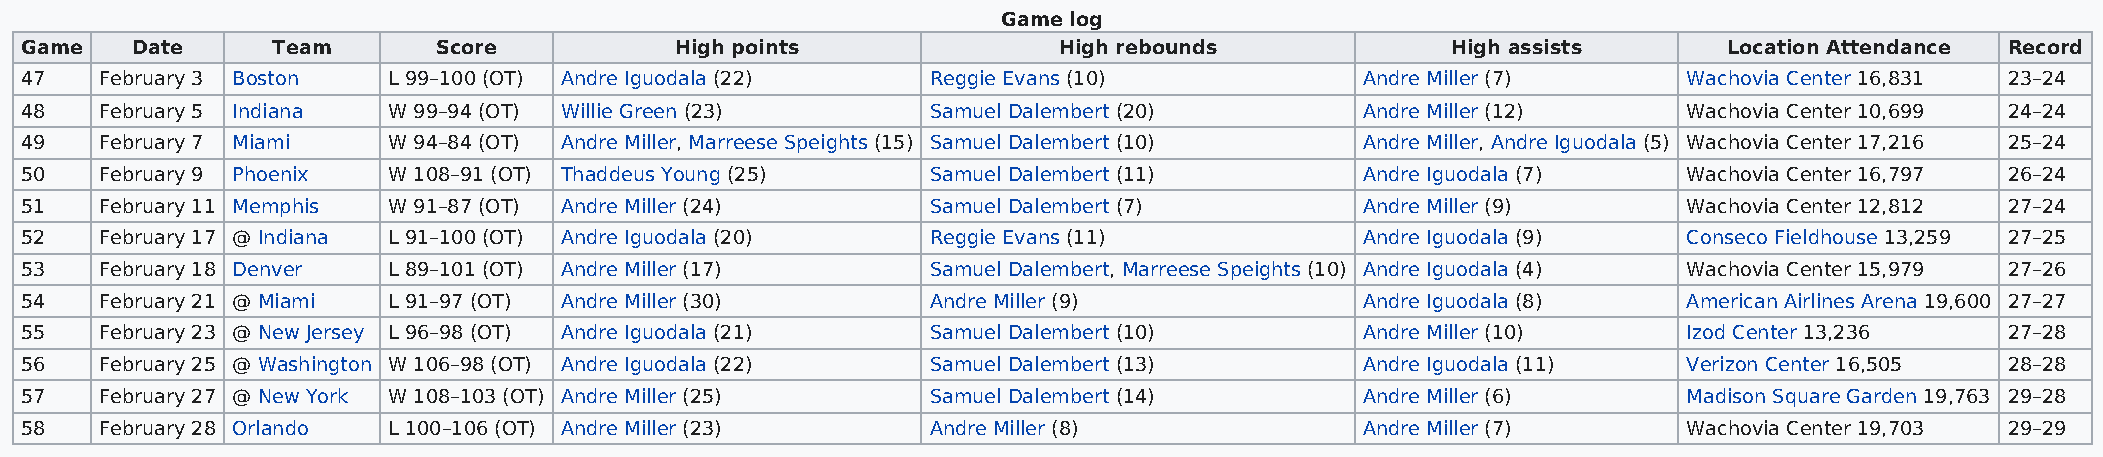
Game log
 Game    Date     Team       Score           High points              High rebounds             High assists      Location Attendance Record
 47    February 3 Boston  L 99–100 (OT) Andre Iguodala (22)   Reggie Evans (10)           Andre Miller (7)      Wachovia Center 16,831 23–24
 48    February 5 Indiana W 99–94 (OT) Willie Green (23)      Samuel Dalembert (20)       Andre Miller (12)     Wachovia Center 10,699 24–24
 49    February 7 Miami   W 94–84 (OT) Andre Miller, Marreese Speights (15) Samuel Dalembert (10) Andre Miller, Andre Iguodala (5) Wachovia Center 17,216 25–24
 50    February 9 Phoenix W 108–91 (OT) Thaddeus Young (25)   Samuel Dalembert (11)       Andre Iguodala (7)    Wachovia Center 16,797 26–24
 51    February 11 Memphis W 91–87 (OT) Andre Miller (24)     Samuel Dalembert (7)        Andre Miller (9)      Wachovia Center 12,812 27–24
 52    February 17 @ Indiana L 91–100 (OT) Andre Iguodala (20) Reggie Evans (11)          Andre Iguodala (9)    Conseco Fieldhouse 13,259 27–25
 53    February 18 Denver L 89–101 (OT) Andre Miller (17)     Samuel Dalembert, Marreese Speights (10) Andre Iguodala (4) Wachovia Center 15,979 27–26
 54    February 21 @ Miami L 91–97 (OT) Andre Miller (30)     Andre Miller (9)            Andre Iguodala (8)    American Airlines Arena 19,600 27–27
 55    February 23 @ New Jersey L 96–98 (OT) Andre Iguodala (21) Samuel Dalembert (10)    Andre Miller (10)     Izod Center 13,236   27–28
 56    February 25 @ Washington W 106–98 (OT) Andre Iguodala (22) Samuel Dalembert (13)   Andre Iguodala (11)   Verizon Center 16,505 28–28
 57    February 27 @ New York W 108–103 (OT) Andre Miller (25) Samuel Dalembert (14)      Andre Miller (6)      Madison Square Garden 19,763 29–28
 58    February 28 Orlando L 100–106 (OT) Andre Miller (23)   Andre Miller (8)            Andre Miller (7)      Wachovia Center 19,703 29–29